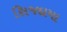
સિજદામા